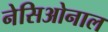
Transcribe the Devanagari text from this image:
नेसिओनाल